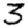
Digit: 3